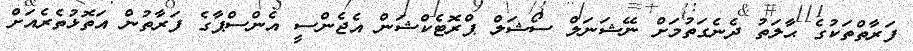
ފަރާތްތަކުގެ ޙާލަތު ދެނެގަތުމަށް ނޭޝަނަލް ސޯޝަލް ޕްރޮޓެކްޝަން އެޖެންސީ އެންސްޕާގެ ފަރާތުން އަތޮޅުތެރެއަށް